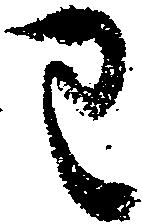
わ